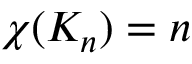
\chi ( K _ { n } ) = n